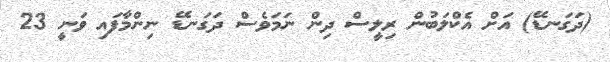
(ދަގަނޑޭ) އަށް އެކްލަބުން ރިލީސް ދިން ނަމަވެސް ދަގަނޑޭ ނިންމާފައި ވަނީ 23